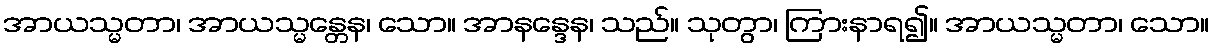
အာယသ္မတာ၊ အာယသ္မန္တေန၊ သော။ အာနန္ဒေန၊ သည်။ သုတွာ၊ ကြားနာရ၍။ အာယသ္မတာ၊ သော။